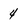
Character: 4